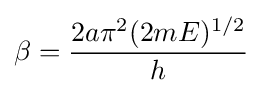
\beta ={\frac {2a\pi ^{2}(2mE)^{1/2}}{h}}